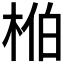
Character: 𬂺